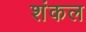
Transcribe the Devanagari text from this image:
शंकल